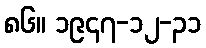
၈၆။ ၁၉၄၇-၁၂-၃၁